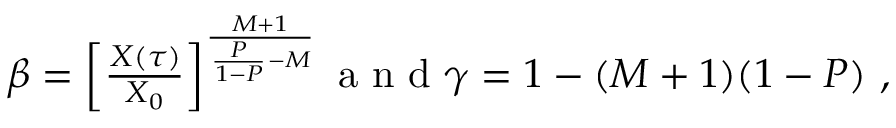
\begin{array} { r } { \beta = \left[ \frac { X ( \tau ) } { X _ { 0 } } \right] ^ { \frac { M + 1 } { \frac { P } { 1 - P } - M } } \mathrm { ~ a ~ n ~ d ~ } \gamma = 1 - ( M + 1 ) ( 1 - P ) \mathrm { ~ , ~ } } \end{array}